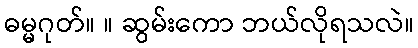
ဓမ္မဂုတ်။ ။ ဆွမ်းကော ဘယ်လိုရသလဲ။